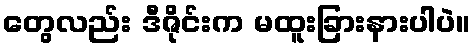
တွေလည်း ဒီဇိုင်းက မထူးခြားနားပါပဲ။